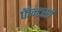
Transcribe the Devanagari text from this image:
फॅन्टसी